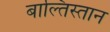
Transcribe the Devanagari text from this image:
बाल्तिस्तान